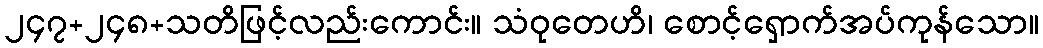
၂၄၇+၂၄၈+သတိဖြင့်လည်းကောင်း။ သံဝုတေဟိ၊ စောင့်ရှောက်အပ်ကုန်သော။